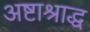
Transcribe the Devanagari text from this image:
अष्टाश्राद्ध